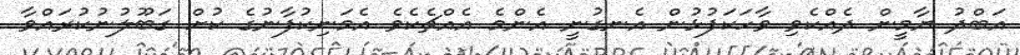
އަބްދު ޔާމީން ދެއްކެވި ވާހަކަފުޅުން އެނގުނީ އެންމެ އެއްޗެކެވެ އެމަނިކުފާނުގެ ކުށް ގަބޫލުނުކުރައްވާ